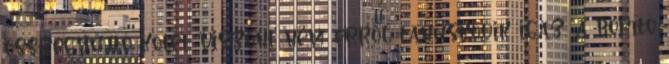
összegyűjtő kötet viszont nem erről tanúskodik igaz, a borító